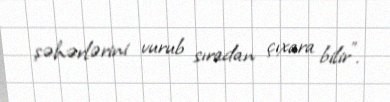
şəhərlərini vurub sıradan çıxara bilir”.